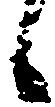
候